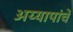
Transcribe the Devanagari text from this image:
अय्यापांचे